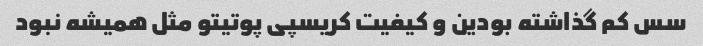
سس کم گذاشته بودین و کیفیت کریسپی پوتیتو مثل همیشه نبود